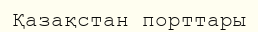
Қазақстан порттары